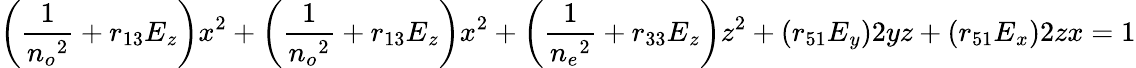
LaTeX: \left(\frac{1}{n{_o}{^2}}+r{_{13}}E{_z}\right)x{^2}+\left(\frac{1}{n{_o}{^2}}+r{_{13}}E{_z}\right)x{^2}+\left(\frac{1}{n{_e}{^2}}+r{_{33}}E{_z}\right)z{^2}+(r{_{51}}E{_y})2yz+(r{_{51}}E{_x})2zx=1